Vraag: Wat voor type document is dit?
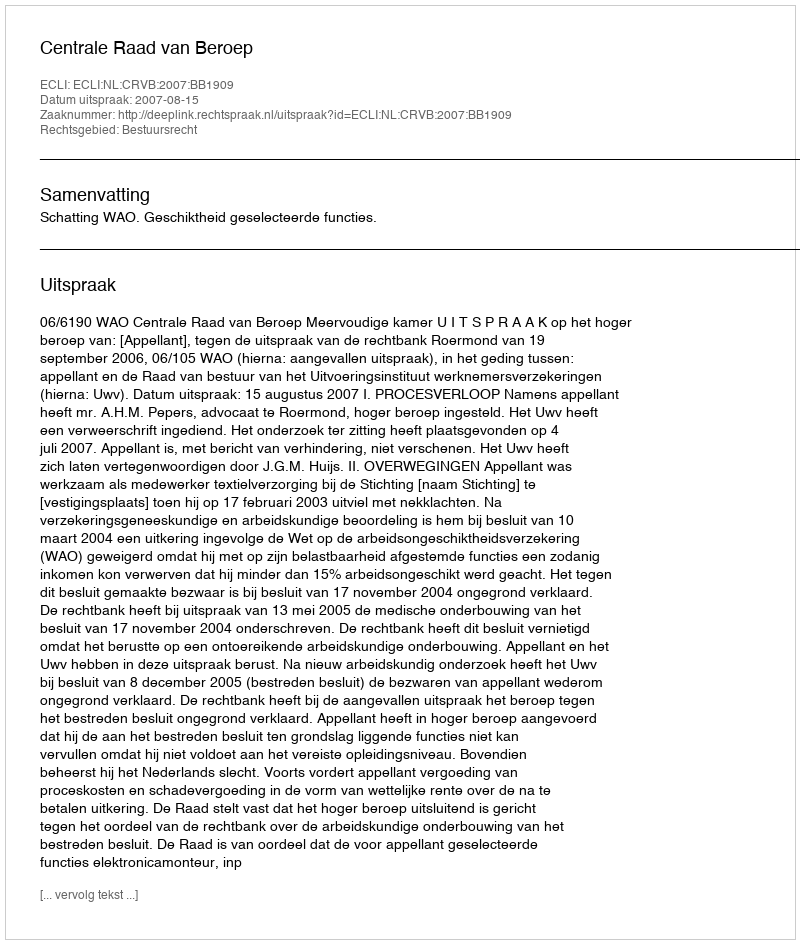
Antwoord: Uitspraak